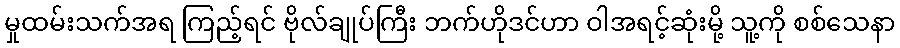
မှုထမ်းသက်အရ ကြည့်ရင် ဗိုလ်ချုပ်ကြီး ဘက်ဟိုဒင်ဟာ ဝါအရင့်ဆုံးမို့ သူ့ကို စစ်သေနာ